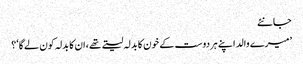
جانئے
’میرے والد اپنے ہردوست کے خون کا بدلہ لیتے تھے ،ان کا بدلہ کون لے گا‘؟